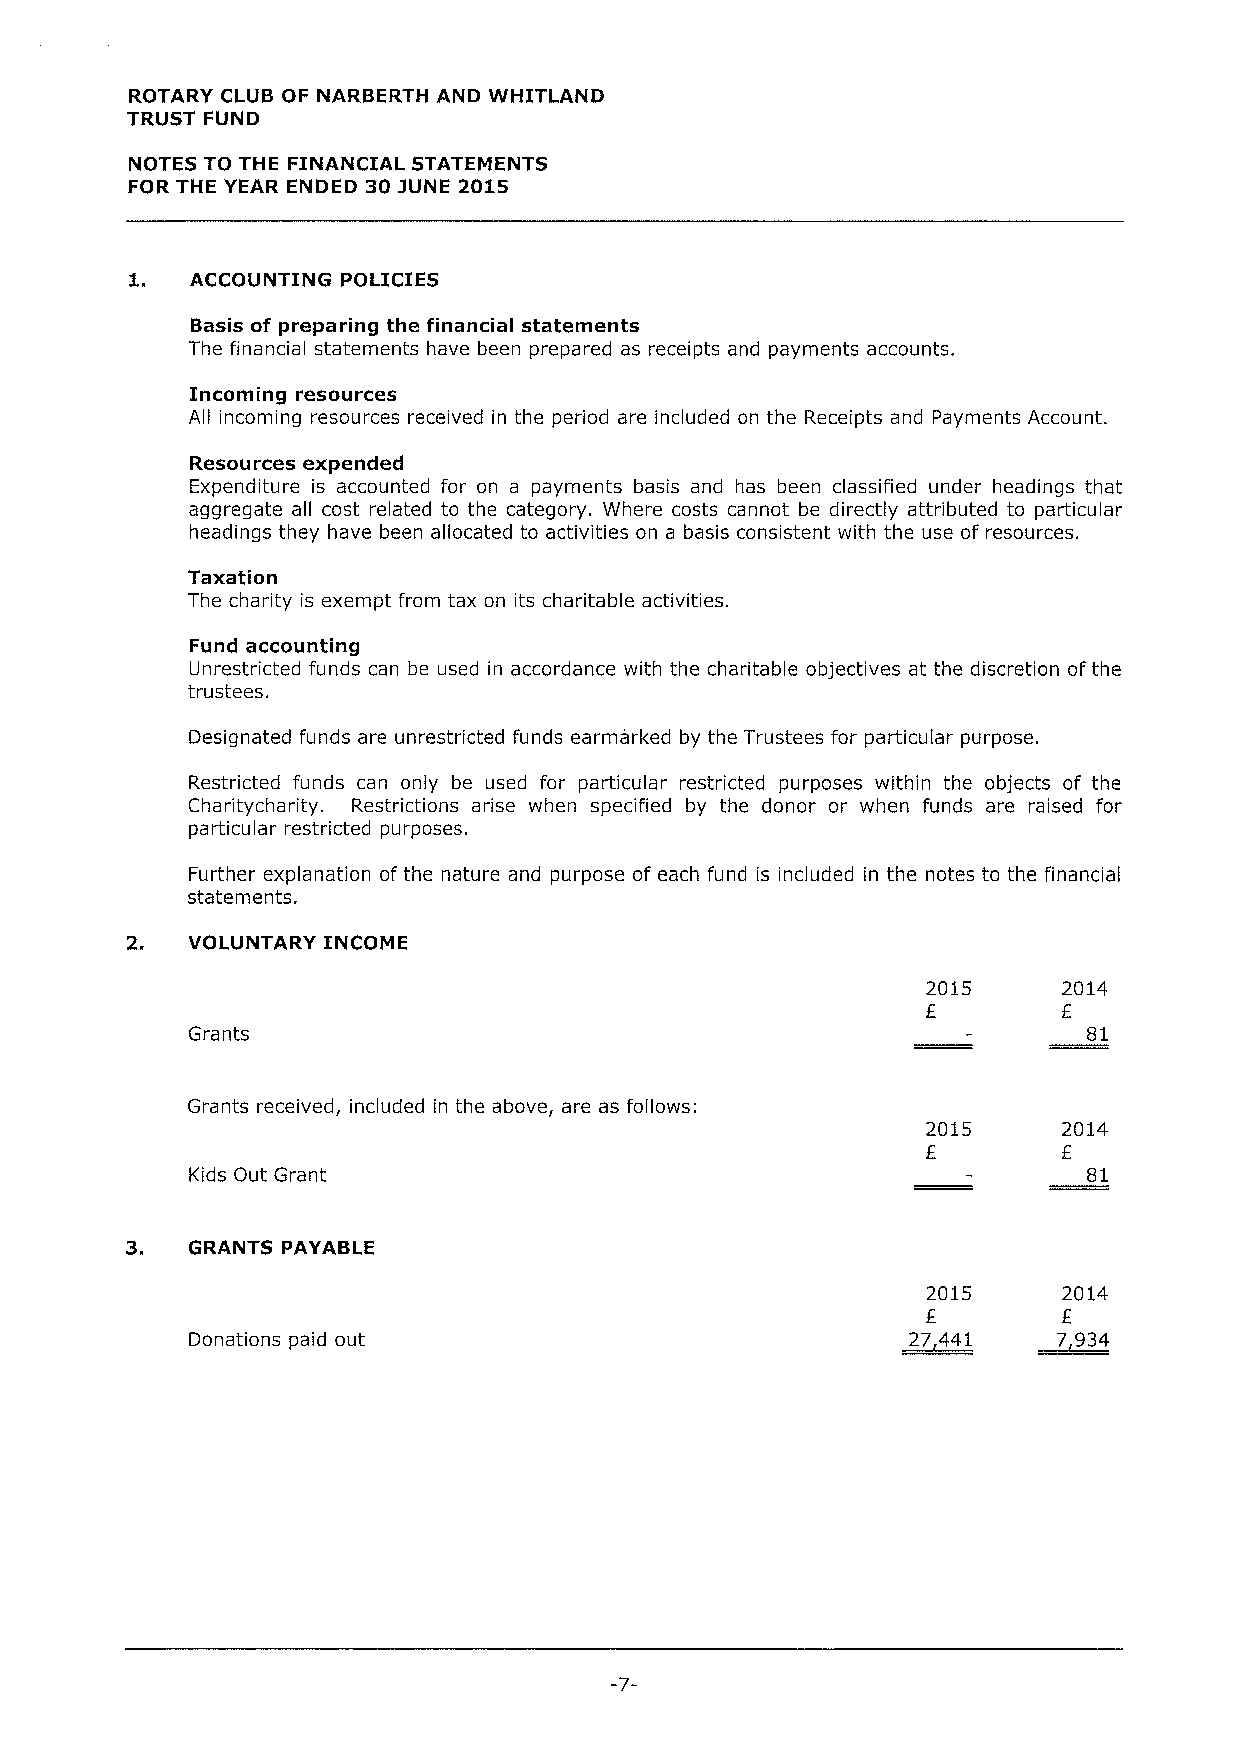
ROTARY CLUB OF NARBERTH AND WHITLAND
 TRUST FUND
 NOTES TO THE FINANCIAL STATEMENTS
 FOR THE YEAR ENDED 30 jUNE 2015
 1.  ACCOUNTING POLICIES
 Basis of preparing the financial statements
 The financial statements have been prepared as receipts and payments accounts.
 Incoming resources
 All incoming resources received in the period are included on the Receipts and Payments Account.
 Resources expended
 Expenditure is accounted for on a payments basis and has been classified under headings that
 aggregate all cost related to the category. Where costs cannot be directly attributed to particular
 headings they have been allocated to activities on a basis consistent with the use of resources.
 Taxation
 The charity is exempt from tax on its charitable activities.
 Fund accounting
 Unrestricted funds can be used in accordance with the charitable objectives at the discretion of the
 trustees.
 Designated funds are unrestricted funds earmarked by the Trustees for particular purpose.
 Restricted funds can only be used for particular restricted purposes within the objects of the
 Charitycharity. Restrictions arise when specified by the donor or when funds are raised for
 particular restricted purposes.
 Further explanation of the nature and purpose of each fund is included in the notes to the financial
 statements.
 VOLUNTARY INCOME
 2015     2014
 E        E
 Grants                                                      81
 Grants received, included in the above, are as follows:
 2015     2014
 E        E
 Kids Out Grant                                             81
 3.
 GRANTS PAYABLE
 2015     2014
 E
 Donations paid out                             27 441    7 934